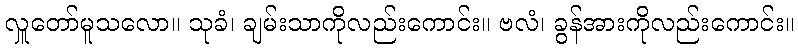
လှူတော်မူသလော။ သုခံ၊ ချမ်းသာကိုလည်းကောင်း။ ဗလံ၊ ခွန်အားကိုလည်းကောင်း။